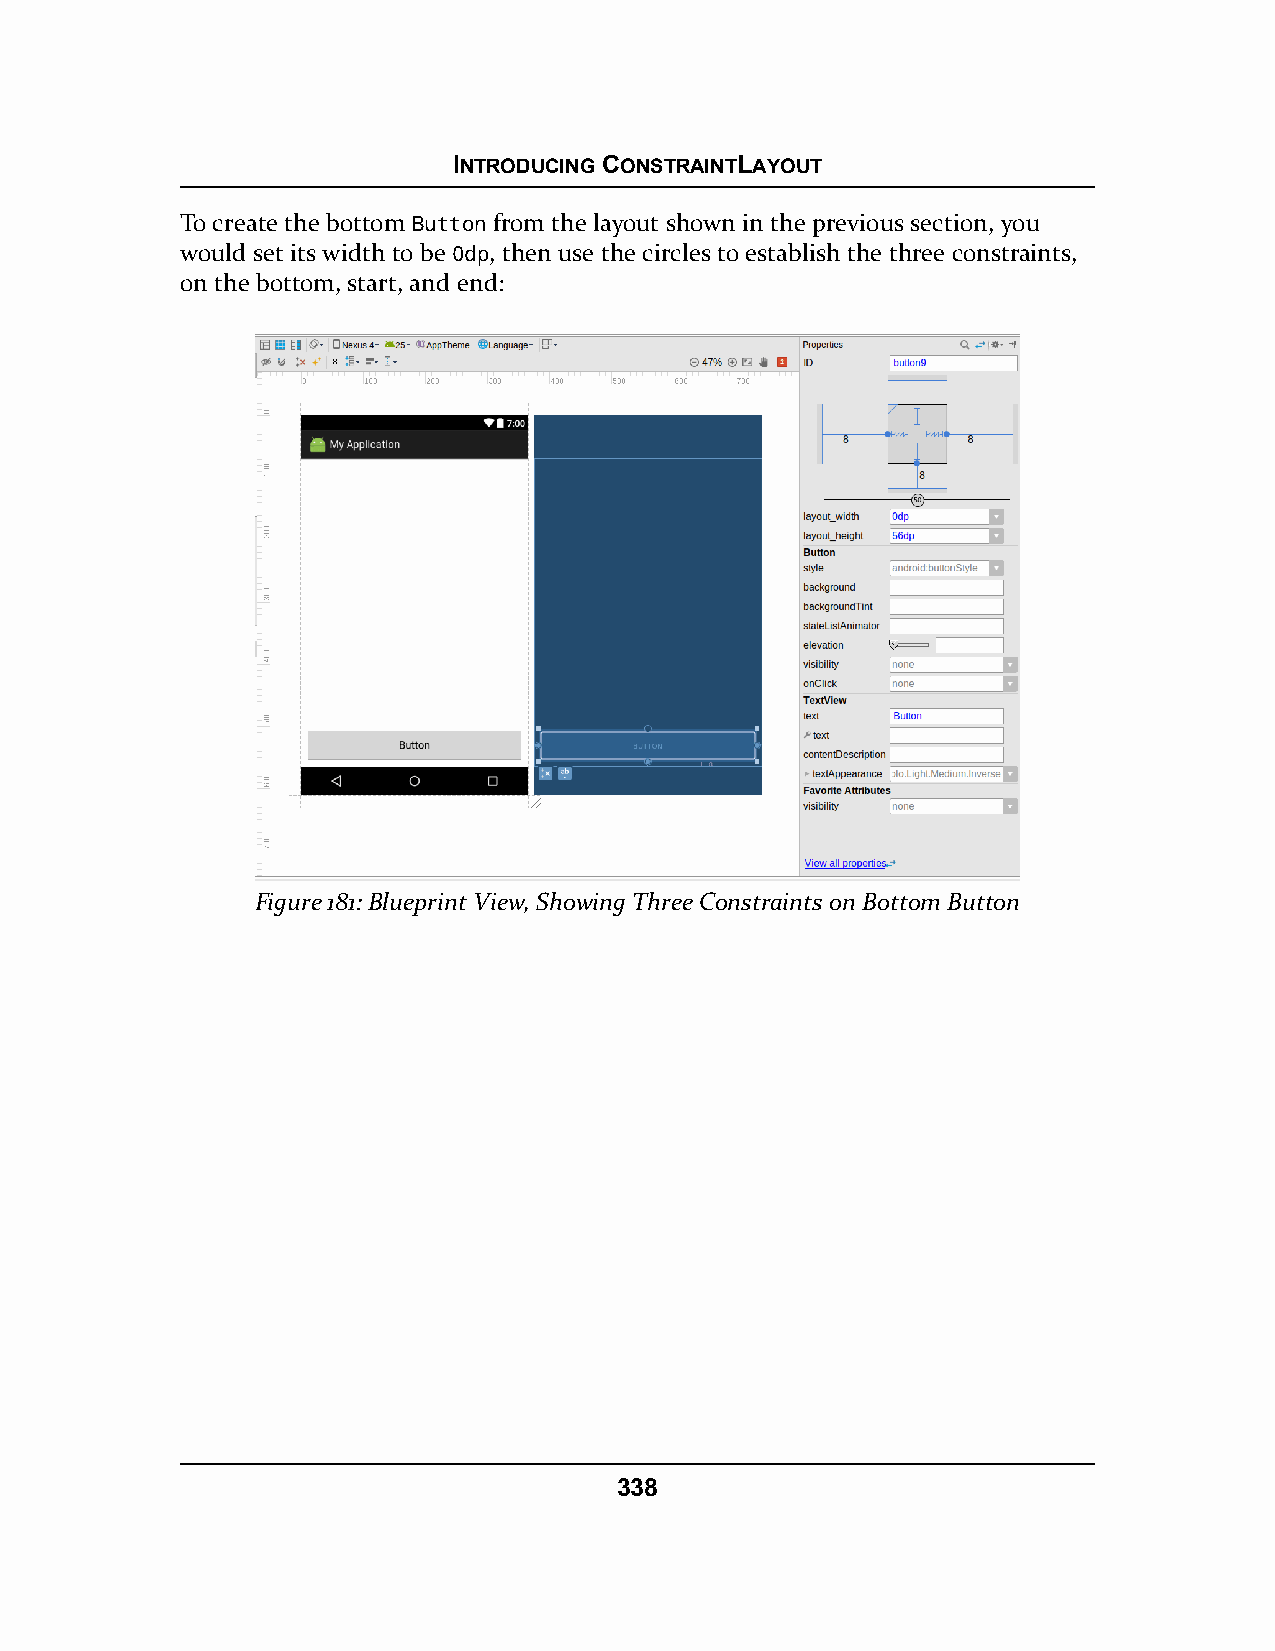
INTRODUCING CONSTRAINTLAYOUT
 To create the bottom Button from the layout shown in the previous section, you
 would set its width to be 0dp, then use the circles to establish the three constraints,
 on the bottom, start, and end:
 Figure 181: Blueprint View, Showing Three Constraints on Bottom Button
 338